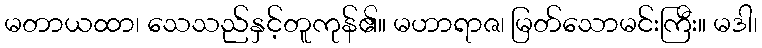
မတာယထာ၊ သေသည်နှင့်တူကုန်၏။ မဟာရာဇ၊ မြတ်သောမင်းကြီး။ မဒါ၊